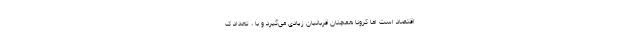
اقتصاد است اما کرونا همچنان قربانیان زیادی می‌گیرد و با ، تعداد ک